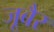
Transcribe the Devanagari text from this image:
जूबैर